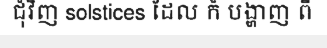
ជុំវិញ solstices ដែល ក៏ បង្ហាញ ពី